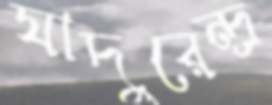
যাদুরেন্দ্র